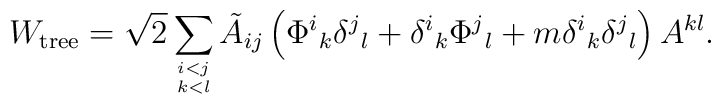
W_{\rm tree} = \sqrt{2}\sum_{i < j \atop k<l }\tilde{A}_{ij} \left( \Phi^i{}_k \delta^j{}_{l} + \delta^i{}_k \Phi^j{}_l + m \delta^i{}_k  \delta^j{}_{l} \right) A^{kl} .